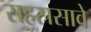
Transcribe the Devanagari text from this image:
सहस्रसावे